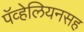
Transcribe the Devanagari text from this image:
पॅव्हेलियनसह